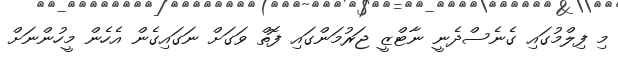
މި ފިލްމުގައި ގެނެސްދެނީ ނާޓްޒީ ޖަރުމަންގައި ފޮތް ވަގަށް ނަގައިގެން އެހެން މީހުންނަށް